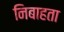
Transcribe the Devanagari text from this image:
निबाहता